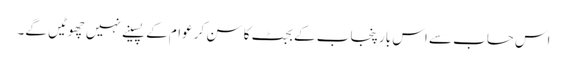
اس حساب سے اس بار پنجاب کے بجٹ کا سن کر عوام کے پسینے نہیں چھوٹیں گے۔